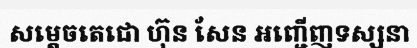
សម្តេចតេជោ ហ៊ុន សែន អញ្ជើញទស្សនា